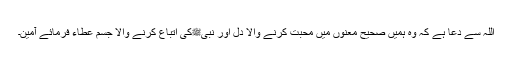
اللہ سے دعا ہے کہ وہ ہمیں صحیح معنوں میں محبت کرنے والا دل اور نبیﷺکی اتباع کرنے والا جسم عطاء فرمائے آمین۔